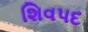
શિવપદ